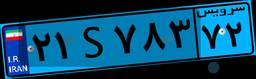
۲۱S۷۸۳۷۲